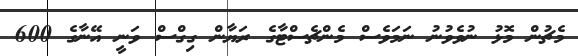
މެޗުން މޮޅު ނުވެވުނު ނަމަވެސް މެންޗެސްޓާގެ ރަޔާން ގިގްސް ވަނީ އޭނާގެ 600